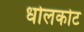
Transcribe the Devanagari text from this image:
धोलकोट